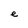
Character: e